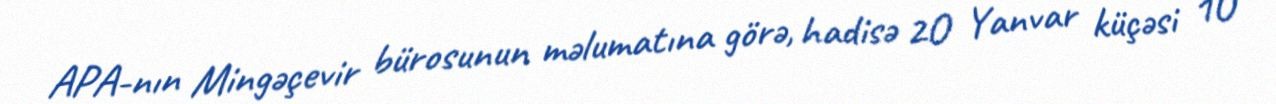
APA-nın Mingəçevir bürosunun məlumatına görə, hadisə 2O Yanvar küçəsi 1O